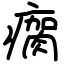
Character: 瘸